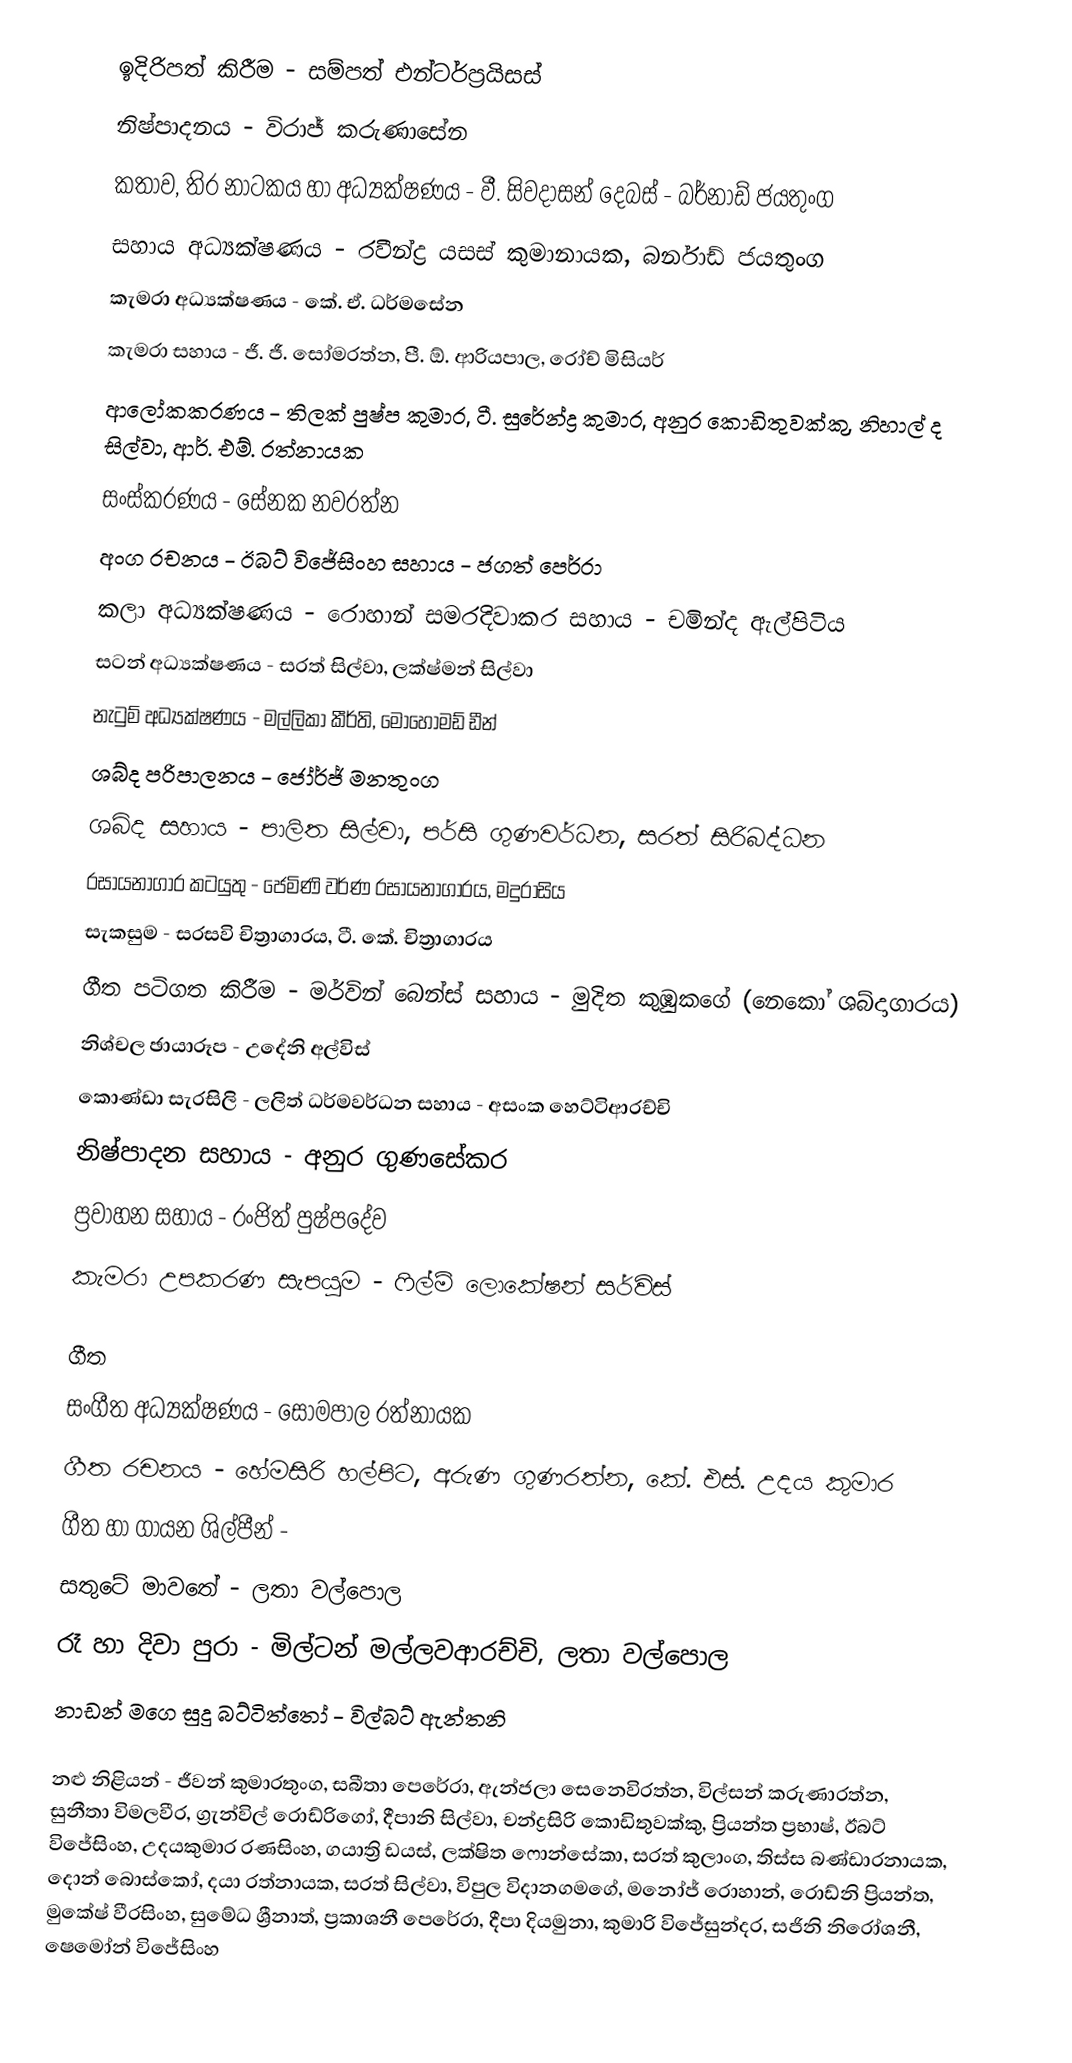
ඉදිරිපත් කිරීම - සම්පත් එන්ටර්ප්‍රයිසස්
නිෂ්පාදනය - විරාජ් කරුණාසේන
කතාව, තිර නාටකය හා අධ්‍යක්ෂණය - වී. සිවදාසන් දෙබස් - බර්නාඩ් ජයතුංග
සහාය අධ්‍යක්ෂණය - රවීන්ද්‍ර යසස් කුමානායක, බර්නාඩ් ජයතුංග
කැමරා අධ්‍යක්ෂණය - කේ. ඒ. ධර්මසේන
කැමරා සහාය - ජී. ජී. සෝමරත්න, පී. ඕ. ආරියපාල, රෝච් මිසියර්
ආලෝකකරණය - තිලක් පුෂ්ප කුමාර, ටී. සුරේන්ද්‍ර කුමාර, අනුර කොඩිතුවක්කු, නිහාල් ද සිල්වා, ආර්. එම්. රත්නායක
සංස්කරණය - සේනක නවරත්න
අංග රචනය - ඊබට් විජේසිංහ සහාය - ජගත් පෙර්රා
කලා අධ්‍යක්ෂණය - රොහාන් සමරදිවාකර සහාය - චමින්ද ඇල්පිටිය
සටන් අධ්‍යක්ෂණය - සරත් සිල්වා, ලක්ෂ්මන් සිල්වා
නැටුම් අධ්‍යක්ෂණය - මල්ලිකා කීර්ති, මොහොමඩ් ඩීන්
ශබ්ද පරිපාලනය - ජෝර්ජ් මනතුංග
ශබ්ද සහාය - පාලිත සිල්වා, පර්සි ගුණවර්ධන, සරත් සිරිබද්ධන
රසායනාගාර කටයුතු - ජෙමිණි වර්ණ රසායනාගාරය, මදුරාසිය
සැකසුම - සරසවි චිත්‍රාගාරය, ටී. කේ. චිත්‍රාගාරය
ගීත පටිගත කිරීම - මර්වින් බෙන්ස් සහාය - මුදිත කුඹුකගේ (නෙකෝ ශබ්දාගාරය)
නිශ්චල ඡායාරූප - උදේනි අල්විස්
කොණ්ඩා සැරසිලි - ලලිත් ධර්මවර්ධන සහාය - අසංක හෙට්ටිආරච්චි
නිෂ්පාදන සහාය - අනුර ගුණසේකර
ප්‍රවාහන සහාය - රංජිත් පුෂ්පදේව
කැමරා උපකරණ සැපයුම - ෆිල්ම් ලොකේෂන් සර්විස්

ගීත
 සංගීත අධ්‍යක්ෂණය - සෝමපාල රත්නායක
 ගීත රචනය - හේමසිරි හල්පිට, අරුණ ගුණරත්න, කේ. එස්. උදය කුමාර
 ගීත හා ගායන ශිල්පීන් -
සතුටේ මාවතේ - ලතා වල්පොල
රෑ හා දිවා පුරා - මිල්ටන් මල්ලවආරච්චි, ලතා වල්පොල
නාඩන් මගෙ සුදු බට්ටිත්තෝ - විල්බට් ඇන්තනි

නළු නිළියන් - ජීවන් කුමාරතුංග, සබීතා පෙරේරා, ඇන්ජලා සෙනෙවිරත්න, විල්සන් කරුණාරත්න, සුනීතා විමලවීර, ග්‍රැන්විල් රොඩ්රිගෝ, දීපානි සිල්වා, චන්ද්‍රසිරි කොඩිතුවක්කු, ප්‍රියන්ත ප්‍රභාෂ්, ඊබට් විජේසිංහ, උදයකුමාර රණසිංහ, ගයාත්‍රි ඩයස්, ලක්ෂිත ෆොන්සේකා, සරත් කුලාංග, තිස්ස බණ්ඩාරනායක, දොන් බොස්කෝ, දයා රත්නායක, සරත් සිල්වා, විපුල විදානගමගේ, මනෝජ් රොහාන්, රොඩ්නි ප්‍රියන්ත, මුකේෂ් වීරසිංහ, සුමේධ ශ්‍රීනාත්, ප්‍රකාශනී පෙරේරා, දීපා දියමුනා, කුමාරි විජේසුන්දර, සජිනි නිරෝශනී, ෂෙමෝන් විජේසිංහ